Lock hospitals Punjab
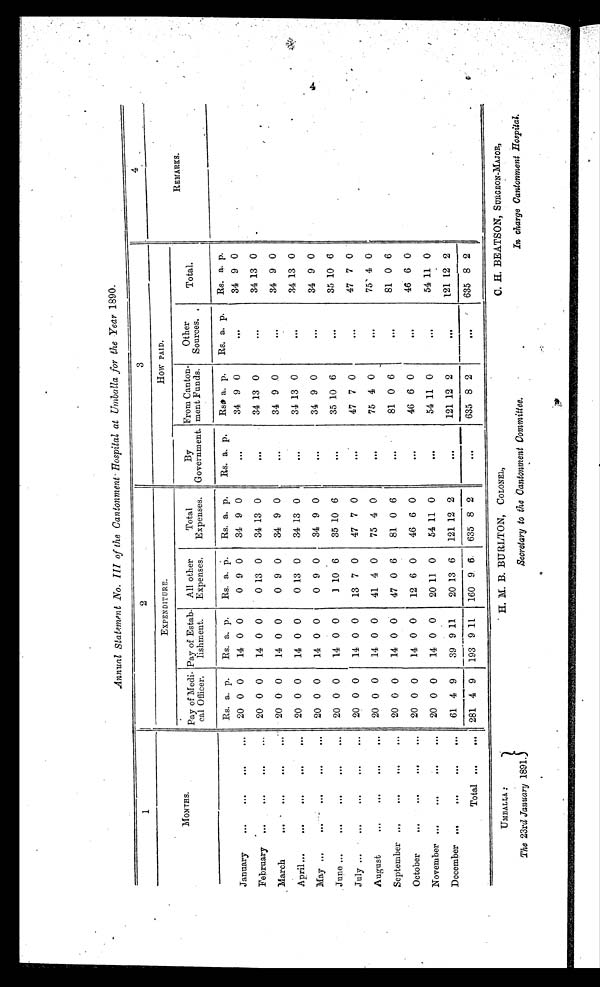
Annual Statement No. III of the Cantonment Hospital at Umballa for the Year 1890.
1
2
3
4
MONTHS.
EXPENDITURE.
How PAID.
Pay of Meth-
cal Officer.
Pay of Estab-
lishment.
All other
Expenses.
Total
Expenses.
By
Government.
From Canton-
ment Funds.
Other
Sources.
Total.
REMARKS.
Rs. a. p.
Rs. a. p.
Rs. a. p .
Rs. a. p.
Rs. a. p.
Rs. a. p.
Rs. a. p.
Rs. a. p.
.
January
. . .
...
...
20 0 0
14 0 0
0 9 0
34 9 0
. . .
34 9 0
...
34 9 0
February
. . .
. . .
...
20 0 0
14 0 0
0 13 0
34 13 0
...
34 13 0
...
34 13 0
March
. . .
. . .
...
20 0 0
14 0 0
0 9 0
34 9 0
. . .
34 9 0
...
34 9 0
April
. . .
. . .
...
20 0 0
14 0 0
0 13 0
34 13 0
. . .
34 13 0
...
34 13 0
May
. . .
. . .
...
20 0 0
14 0 0
0 9 0
34 9 0
...
34 9 0
...
34 9 0
June
. . .
. . .
...
20 0 0
14 0 0
1 10 6
35 10 6
. . .
35 10 6
...
35 10 6
July
. . .
...
...
20 0 0
11 0 0
13 7 0
47 7 0
. . .
47 7 0
...
47 7 0
August
. . .
. . .
...
20 0 0
14 0 0
41 4 0
75 4 0
...
75 4 0
...
75 4 0
September
. . .
...
...
20 0 0
14 0 0
47 0 6
81 0 6
...
81 0 6
...
81 0 6
October
. . .
. . .
...
20 0 0
14 0 0
12 6 0
46 6 0
. . .
46 6 0
...
46 6 0
November
...
...
...
20 0 0
14 0 0
20 11 0
54 11 0
. . .
54 11 0
..
54 11 0
December
...
...
...
61 4 9
39 9 11
20 13 6
121 12 2
. . . ...
121 12 2
...
121 12 2
Total ...
... 281 4 9
193 9 11
160 9 6
635 8 2
. . .
635 8 2
...
635 8 2
UMBALLA:
H. M. B. BURLTON, COLONEL,
C. H. BEATSON, SURGEON-MAJOR,
The 23rd January 1891.}
Secretary to the Cantonment Committee.
In charge Cantonment Hospital.